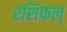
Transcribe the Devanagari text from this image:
रशिफल्